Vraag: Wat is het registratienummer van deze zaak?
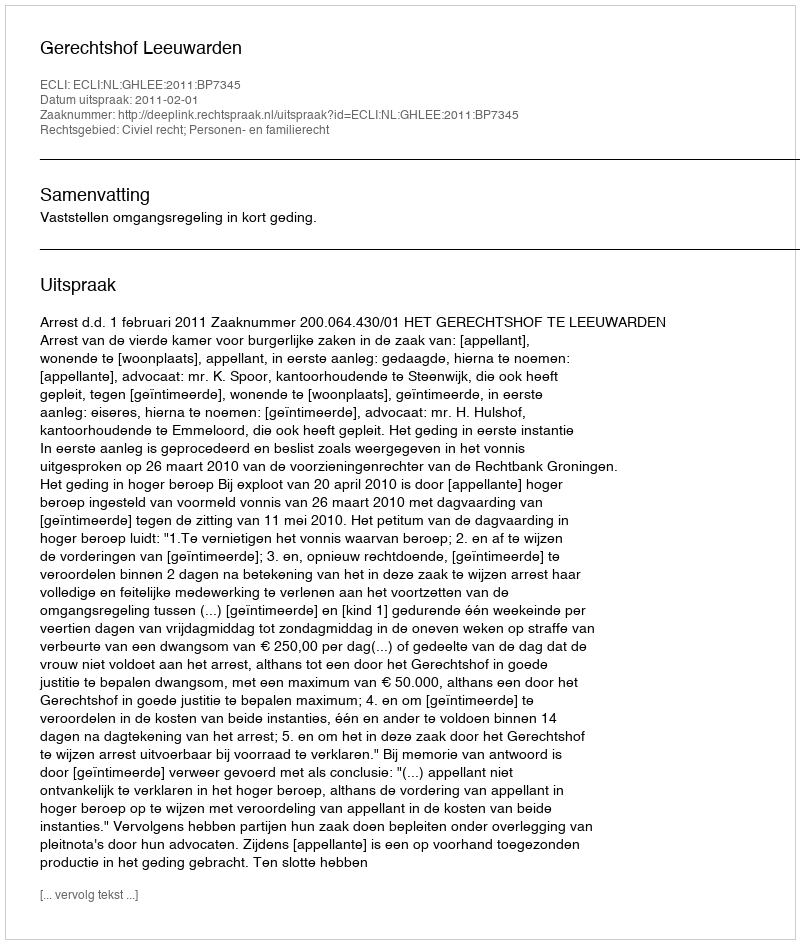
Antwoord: http://deeplink.rechtspraak.nl/uitspraak?id=ECLI:NL:GHLEE:2011:BP7345